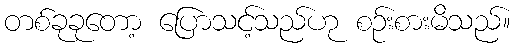
တစ်ခုခုတော့ ပြောသင့်သည်ဟု စဉ်းစားမိသည်။